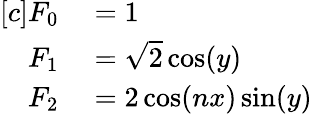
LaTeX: \begin{array}{rl}{[c]F_{0}}&{{}=1}\\ {F_{1}}&{{}=\sqrt{2}\cos(y)}\\ {F_{2}}&{{}=2\cos(nx)\sin(y)}\end{array}